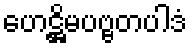
ဟေဋ္ဌိမပဗ္ဗတပါဒံ